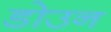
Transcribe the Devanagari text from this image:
डोउन